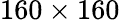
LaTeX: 160\times 160